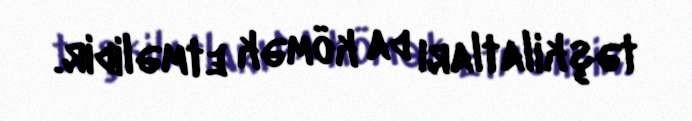
təşkilatları da kömək etməlidir.